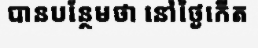
បានបន្ថែមថា នៅថ្ងៃកើត